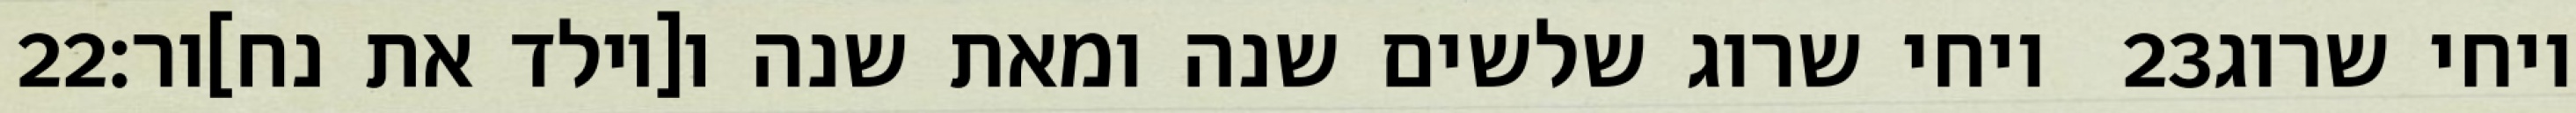
‎22‏ ויחי שרוג שלשים שנה ומאת שנה ו[יולד את נח]ור׃ ‎23‏ ויחי שרוג